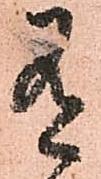
有